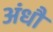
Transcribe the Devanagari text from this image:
अंधौ